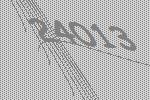
24013